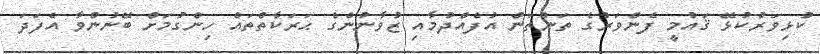
ކުޅިވަރުކުޅޭ ޤައުމީ ފެންވަރުގެ ތަންތަން އުފެއްދުމާއި ޒުވާނުންގެ ޙަރަކާތްތައް ހިންގުމަށް ބޭނުންވާ އެފަދަ